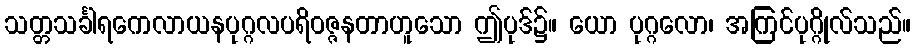
သတ္တသင်္ခါရကေလာယနပုဂ္ဂလပရိဝဇ္ဇနတာဟူသော ဤပုဒ်၌။ ယော ပုဂ္ဂလော၊ အကြင်ပုဂ္ဂိုလ်သည်။